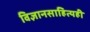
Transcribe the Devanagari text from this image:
विज्ञानसाहित्यही